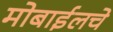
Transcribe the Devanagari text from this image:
मोबाईलचे